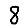
Digit: 8